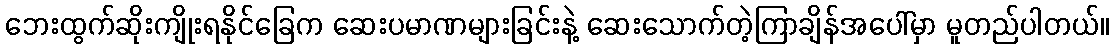
ဘေးထွက်ဆိုးကျိုးရနိုင်ခြေက ဆေးပမာဏများခြင်းနဲ့ ဆေးသောက်တဲ့ကြာချိန်အပေါ်မှာ မူတည်ပါတယ်။